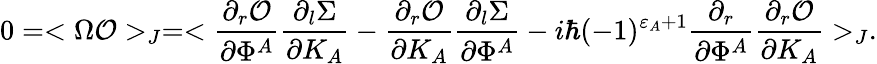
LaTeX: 0=<\Omega{\cal O}>_{J}=<{\frac{\partial_{r}{\cal O}}{\partial\Phi^{A}}}{\frac{\partial_{l}\Sigma}{\partial K_{A}}}-{\frac{\partial_{r}{\cal O}}{\partial K_{A}}}{\frac{\partial_{l}\Sigma}{\partial\Phi^{A}}}-i\hbar(-1)^{\varepsilon_{A}+1}{\frac{\partial_{r}}{\partial\Phi^{A}}}{\frac{\partial_{r}{\cal O}}{\partial K_{A}}}>_{J}.